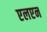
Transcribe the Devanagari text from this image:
एलएन